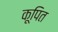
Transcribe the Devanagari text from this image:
कूपित